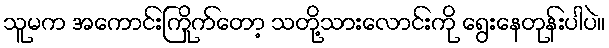
သူမက အကောင်းကြိုက်တော့ သတို့သားလောင်းကို ရွေးနေတုန်းပါပဲ။